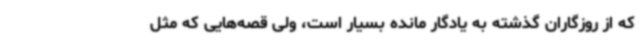
که از روزگاران گذشته به یادگار مانده بسیار است، ولی قصه‌هایی که مثل